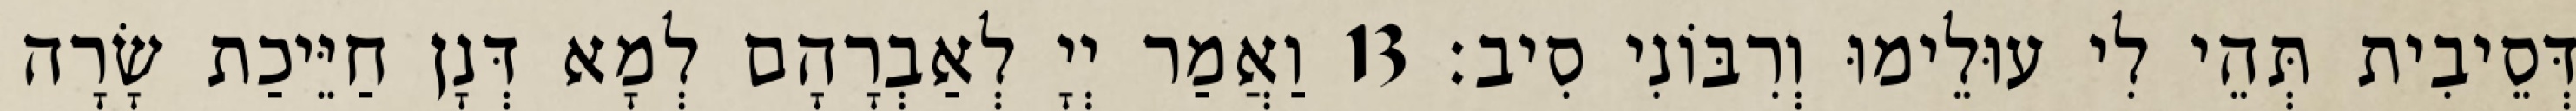
דְּסֵיבִית תְּהֵי לִי עוּלֵימוּ וְרִבּוֹנִי סִיב׃ 13 וַאֲמַר יְיָ לְאַבְרָהָם לְמָא דְּנָן חַיֵּיכַת שָׂרָה